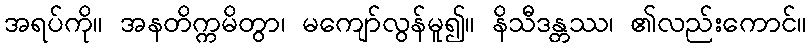
အရပ်ကို။ အနတိက္ကမိတွာ၊ မကျော်လွန်မူ၍။ နိသီဒန္တဿ၊ ၏လည်းကောင်။